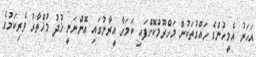
އަހަރު އެމީހުންގެ ހައްގުތަކުން މަހްރޫމްކޮށްފައި ކަމަށާ އީރާނުގައި އޮންނަނީ ޚުދު މުޚްތާރު ވެރިކަމުގެ